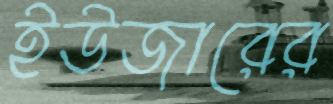
ইউজারের